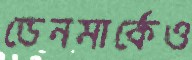
ডেনমার্কেও